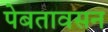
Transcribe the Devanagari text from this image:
पेबतावसन